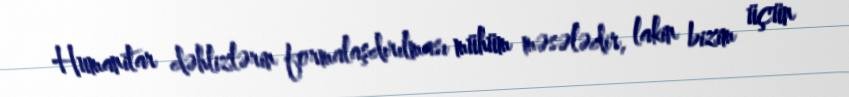
Humanitar dəhlizlərin formalaşdırılması mühüm məsələdir, lakin bizim üçün